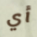
أي